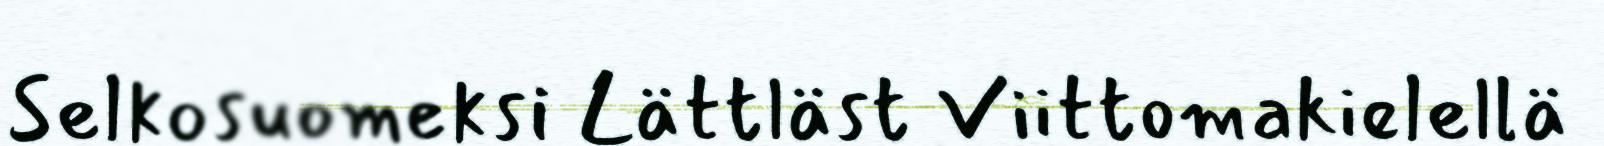
Selkosuomeksi Lättläst Viittomakielellä